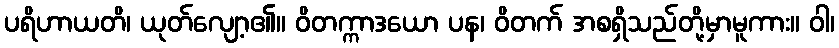
ပရိဟာယတိ၊ ယုတ်လျော့၏။ ဝိတက္ကာဒယော ပန၊ ဝိတက် အစရှိသည်တို့မှာမူကား။ ဝါ၊